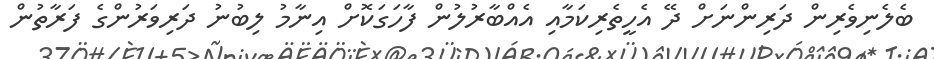
ބެލެނިވެރިން ދަރިންނަށް ދޭ އެހީތެރިކަމާއި އެއްބާރުލުން ފާހަގަކޮށް އިނާމު ލިބުނު ދަރިވަރުންގެ ފަރާތުން